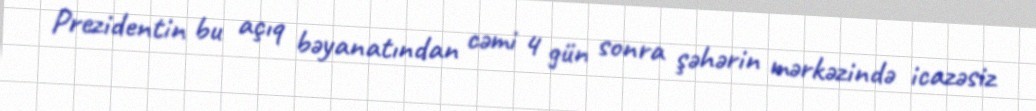
Prezidentin bu açıq bəyanatından cəmi 4 gün sonra şəhərin mərkəzində icazəsiz